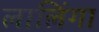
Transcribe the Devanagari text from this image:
लालिंगा